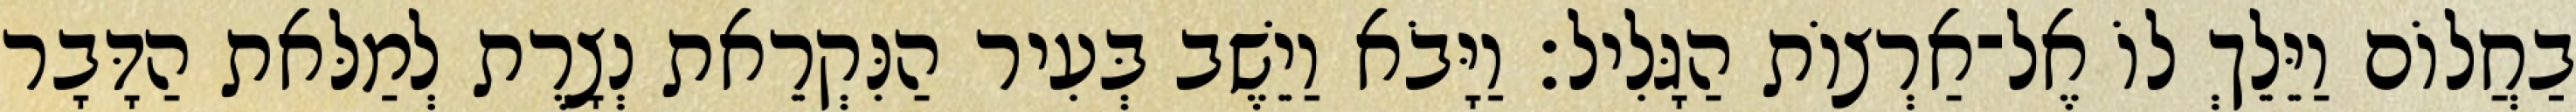
בַחֲלוֹם וַיֵּלֵךְ לוֹ אֶל־אַרְצוֹת הַגָּלִיל׃ וַיָּבֹא וַיֵשֶׁב בְּעִיר הַנִּקְרֵאת נְצָרֶת לְמַלּאת הַדָּבָר